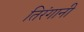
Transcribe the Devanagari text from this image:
तिरंगानी